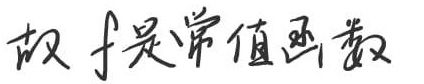
故 \(f\) 是常值函数